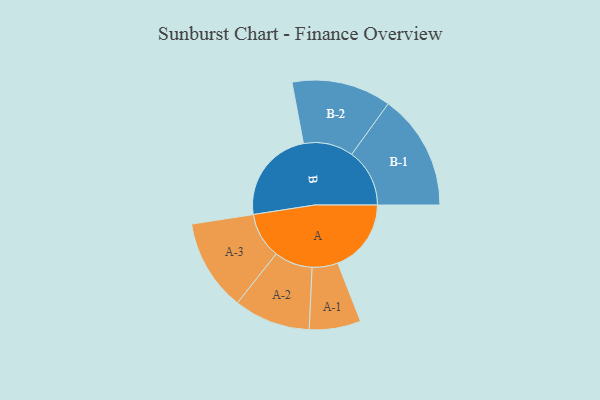
{"axis": {"x": "Segment", "y": "Value"}, "legend": ["", "A", "B"], "data": [{"x": "A", "y": 351, "type": ""}, {"x": "B", "y": 451, "type": ""}, {"x": "A-1", "y": 123, "type": "A"}, {"x": "A-2", "y": 183, "type": "A"}, {"x": "A-3", "y": 219, "type": "A"}, {"x": "B-1", "y": 277, "type": "B"}, {"x": "B-2", "y": 238, "type": "B"}]}